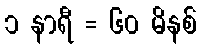
၁ နာရီ = ၆၀ မိနစ်